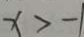
x > - 1